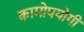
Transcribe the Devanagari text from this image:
कामोपयोगी